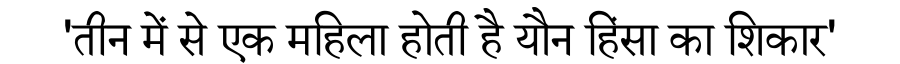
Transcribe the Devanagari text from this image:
'तीन में से एक महिला होती है यौन हिंसा का शिकार'